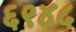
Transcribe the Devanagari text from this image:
६९४५